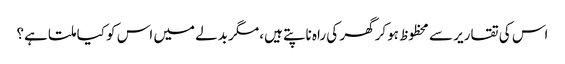
اس کی تقاریر سے محظوظ ہوکر گھر کی راہ ناپتے ہیں، مگر بدلے میں اس کو کیا ملتا ہے؟